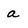
Character: a